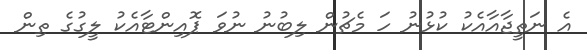
އެ ނަތީޖާއާއެކު ކުޅުނު ހަ މެޗުން ލިބުނު ނުވަ ޕޮއިންޓާއެކު ލީގުގެ ތިން